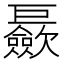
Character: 𪩪